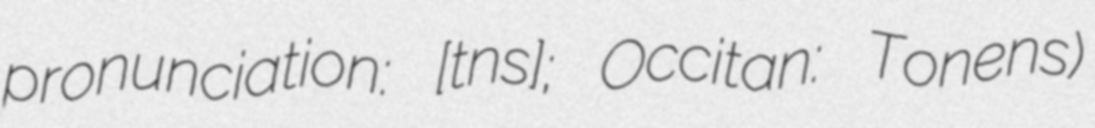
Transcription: pronunciation: ​[tɔnɛ̃s]; Occitan: Tonens)